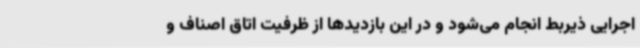
اجرایی ذیربط انجام می‌شود و در این بازدیدها از ظرفیت اتاق اصناف و